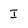
Character: I